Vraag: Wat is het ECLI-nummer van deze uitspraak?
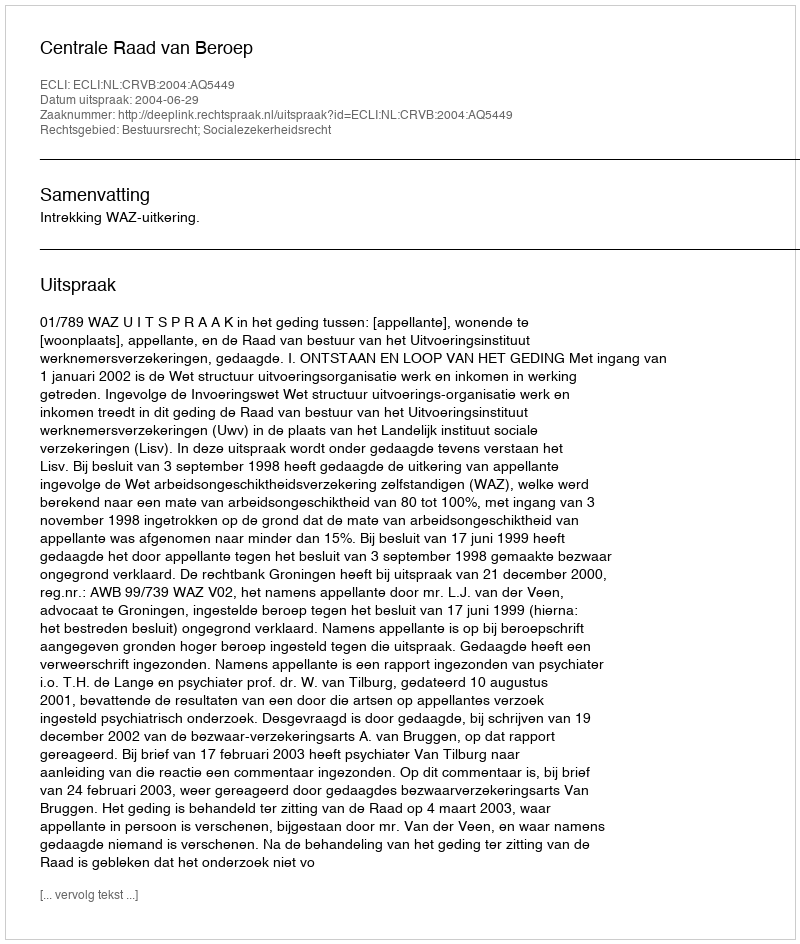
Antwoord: ECLI:NL:CRVB:2004:AQ5449